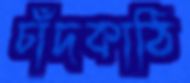
চাঁদকাঠি